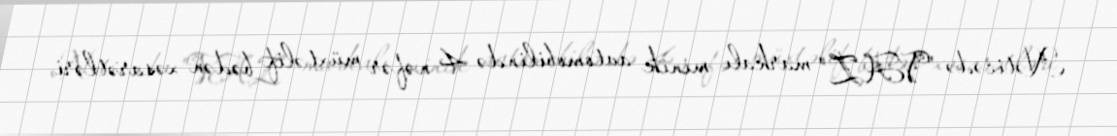
Nəticədə "VAZ" markalı minik avtomobilində 4 nəfər müxtəlif bədən xəsarətləri